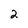
Character: 2